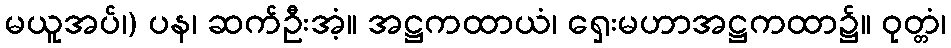
မယူအပ်၊) ပန၊ ဆက်ဦးအံ့။ အဋ္ဌကထာယံ၊ ရှေးမဟာအဋ္ဌကထာ၌။ ဝုတ္တံ၊